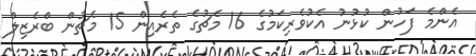
އެންމެ ފަހުން ކުޅުނު އެކުވެރިކަމުގެ 16 މެޗުގެ ތެރެއިން 15 މެޗުން ބްރެޒިލް